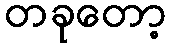
တခုတော့